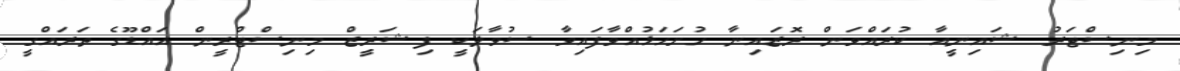
މިނިސްޓަރު ޝައިނީއާ ކުރައްވަން ރޮޒައިނާ ހުށަހަޅުއްވާފައިވާ ސުވާލަކީ ފިޝަރީޒް މިނިސްޓްރީން އައްޑޫގެ ތަރައްގީ